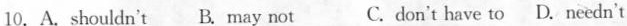
10.A.Shouldn'i B.may not C.don't have to D.Needn't